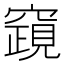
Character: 竀